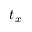
t _ { x }